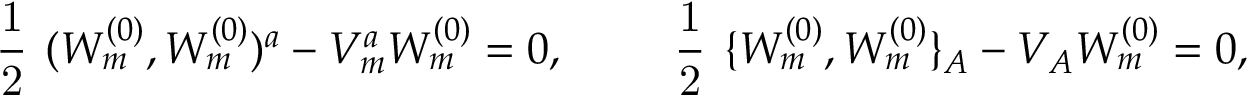
\mathrm { \large ~ \frac { 1 } { 2 } ~ } ( W _ { m } ^ { ( 0 ) } , W _ { m } ^ { ( 0 ) } ) ^ { a } - V _ { m } ^ { a } W _ { m } ^ { ( 0 ) } = 0 , \qquad \mathrm { \large ~ \frac { 1 } { 2 } ~ } \{ W _ { m } ^ { ( 0 ) } , W _ { m } ^ { ( 0 ) } \} _ { A } - V _ { A } W _ { m } ^ { ( 0 ) } = 0 ,